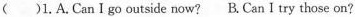
( )1.A.Can I go outside now? B.Can I try those on?